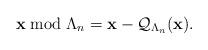
LaTeX: \begin{align*}\mathbf x \bmod \Lambda_n = \mathbf x - \mathcal Q_{\Lambda_n}(\mathbf x).\end{align*}